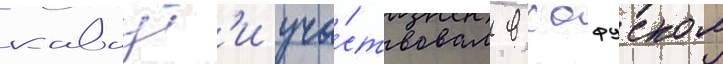
каваут'и уча́ствовал в хофуском